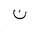
Letter: _non